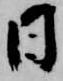
日